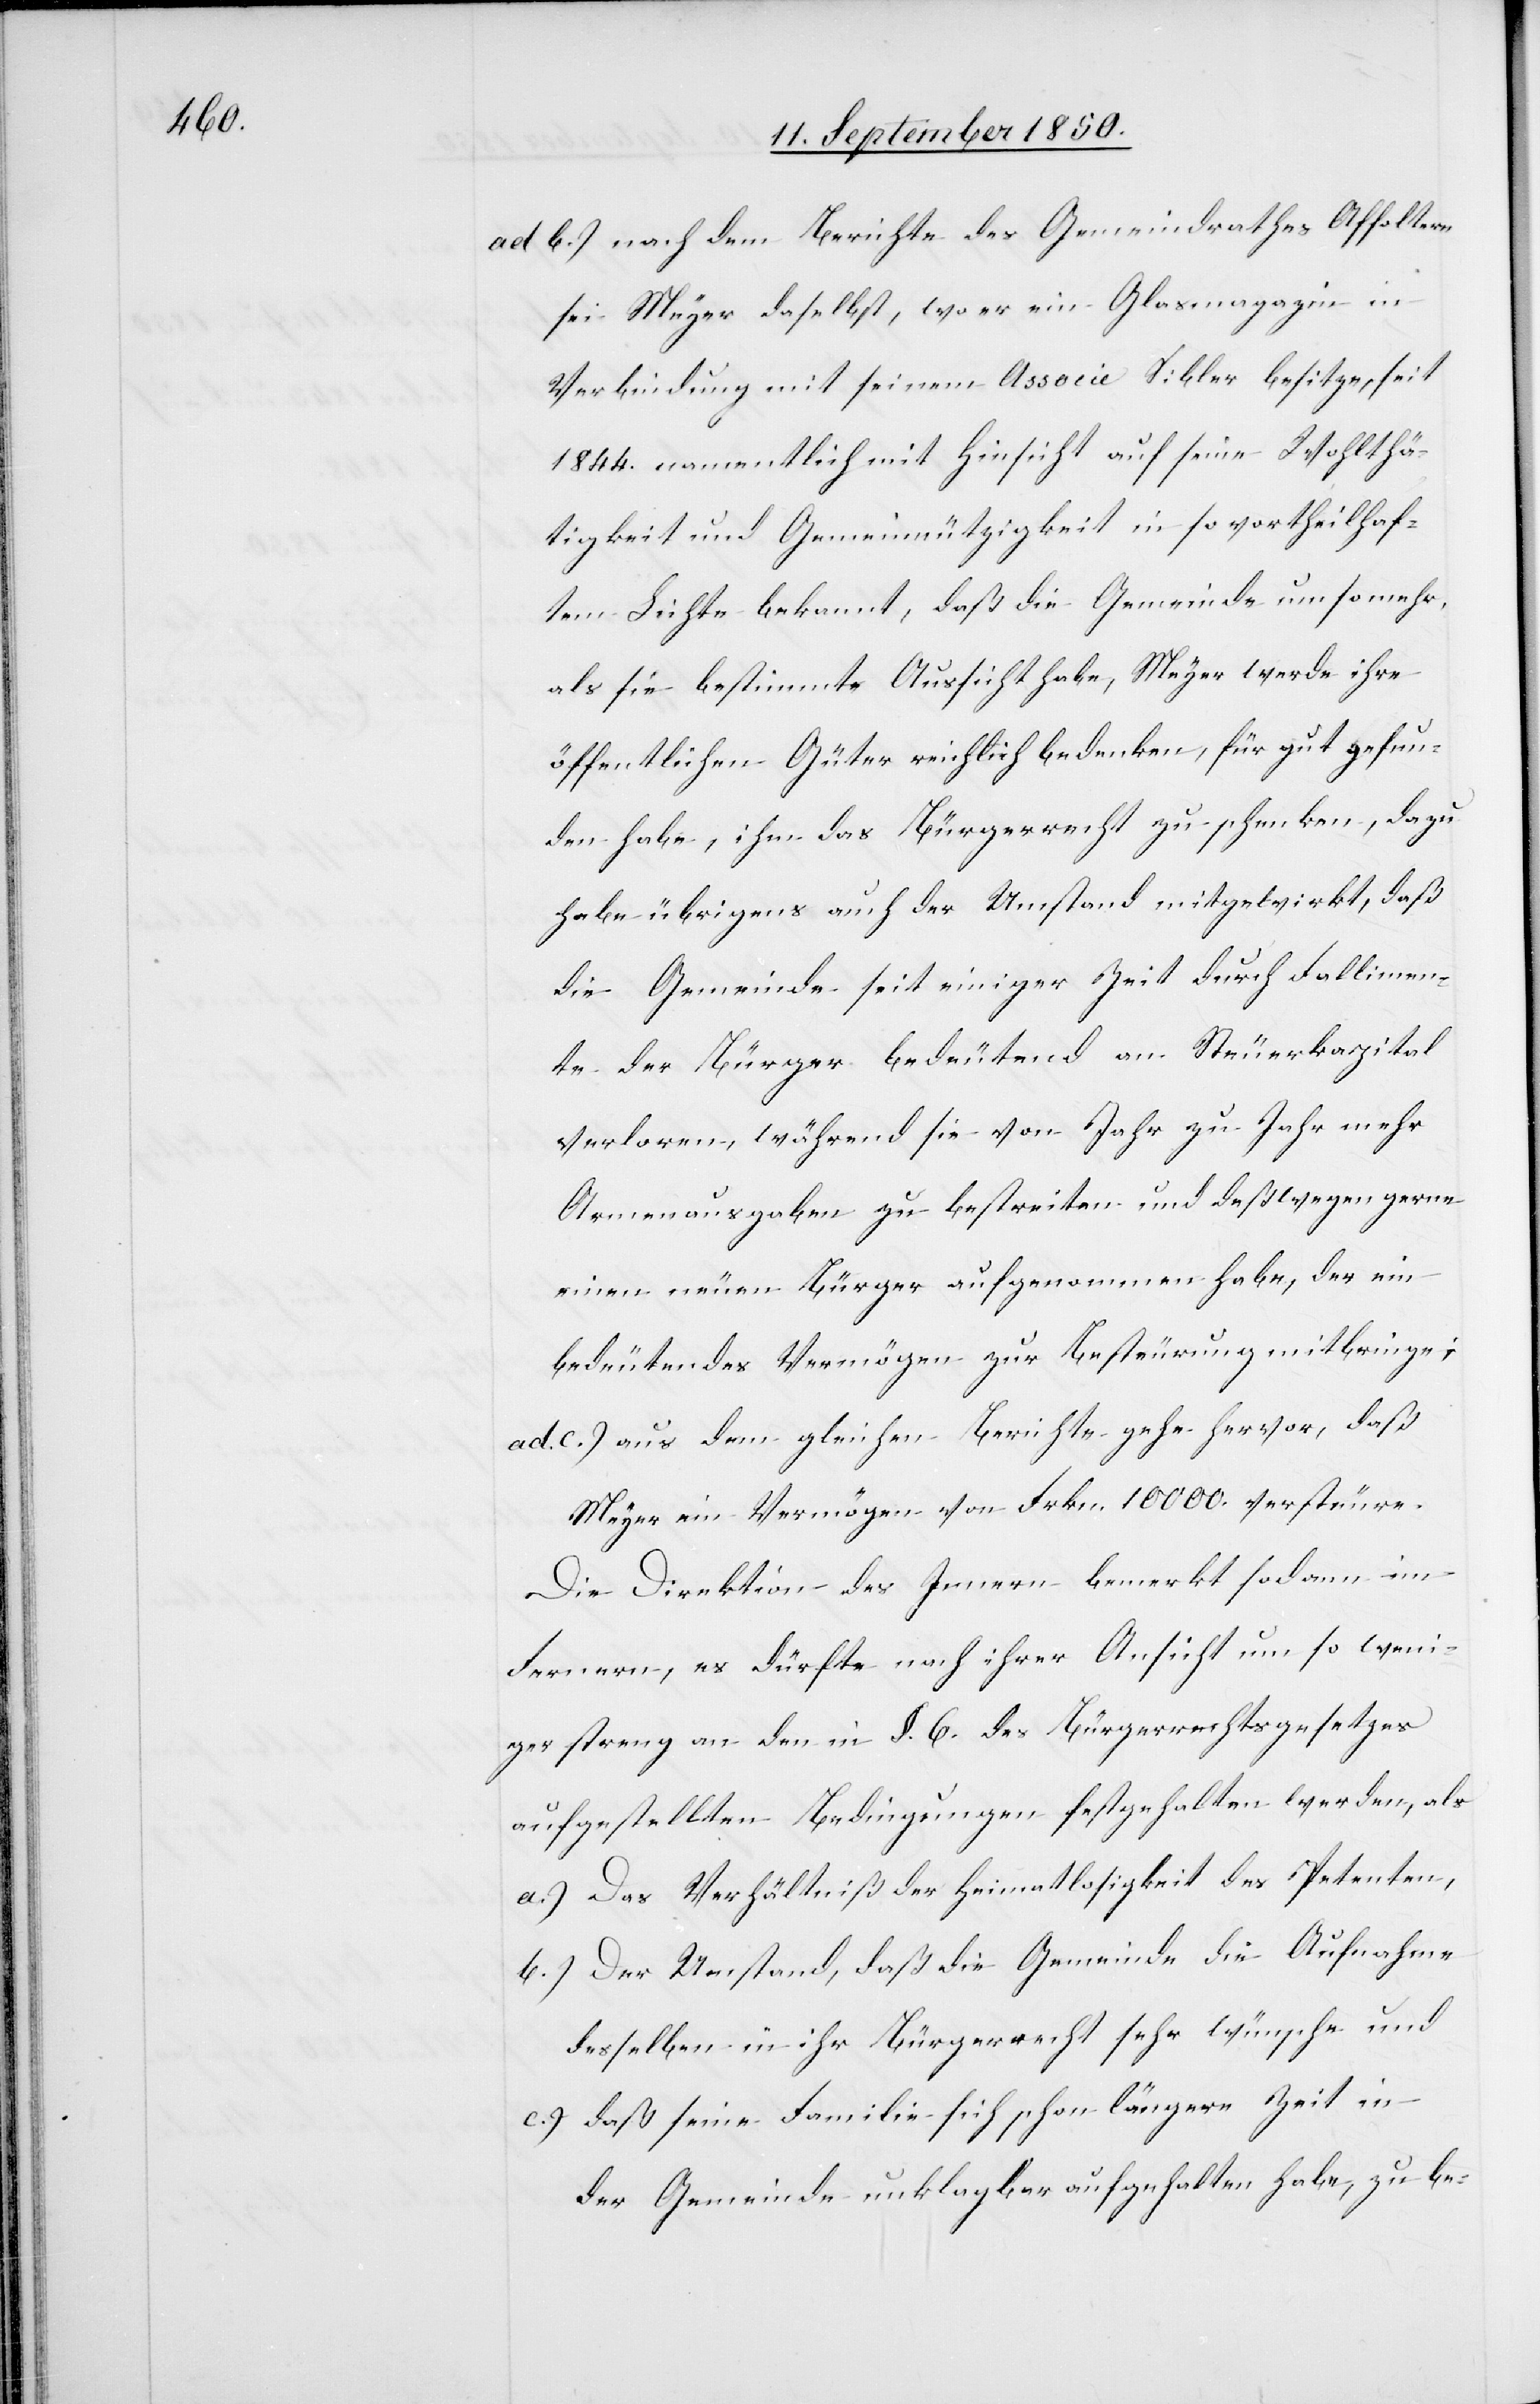
ad b.) nach dem Berichte des Gemeindrathes Affoltern
sei Meyer daselbst, wo er ein Glasmagazin in
Verbindung mit seinem Associe Sibler besitze, seit
1844. namentlich mit Hinsicht auf seine Wohlthä¬
tigkeit und Gemeinnützigkeit in so vortheilhaf¬
tem Lichte bekannt, daß die Gemeinde um so mehr,
als sie bestimmte Aussicht habe, Meyer werde ihre
öffentlichen Güter reichlich bedenken, für gut gefun¬
den habe, ihm das Bürgerrecht zu schenken, dazu
habe übrigens auch der Umstand mitgewirkt, daß
die Gemeinde seit einiger Zeit durch Fallimen¬
te der Bürger bedeutend an Steuerkapital
verloren, während sie von Jahr zu Jahr mehr
Armenausgaben zu bestreiten und deßwegen gerne
einen neuen Bürger aufgenommen habe, der ein
bedeutendes Vermögen zur Besteurung mitbringe;
ad c.) aus dem gleichen Berichte gehe hervor, daß
Meyer ein Vermögen von Frkn. 10 000. versteure.
Die Direktion des Innern bemerkt sodann im
Fernern, es dürfte nach ihrer Ansicht um so weni¬
ger streng an den in §. 6. des Bürgerrechtsgesetzes
aufgestellten Bedingungen festgehalten werden, als
a.) Das Verhältniß der Heimatlosigkeit des Petenten,
b.) Der Umstand, daß die Gemeinde die Aufnahme
desselben in ihr Bürgerrecht sehr wünsche und
c.) daß seine Familie sich schon längere Zeit in
der Gemeinde unklagbar aufgehalten habe, zu be-